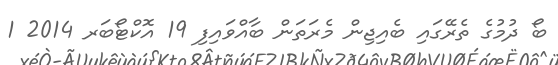
ބޯ ދުމުގެ ތެރޭގައި ބެއިޖިން މެރަތަން ބާއްވައިފި 19 އޮކްޓޯބަރ 2014 1